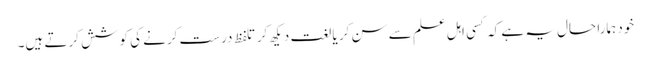
خود ہمارا حال یہ ہے کہ کسی اہلِ علم سے سن کر یا لغت دیکھ کر تلفظ درست کرنے کی کوشش کرتے ہیں۔